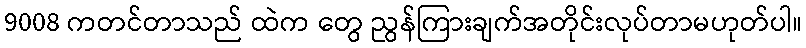
9008 ကတင်တာသည် ထဲက တွေ ညွန်ကြားချက်အတိုင်းလုပ်တာမဟုတ်ပါ။